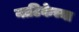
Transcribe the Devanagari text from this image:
नाटिकेच्या